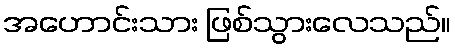
အဟောင်းသား ဖြစ်သွားလေသည်။